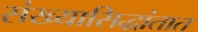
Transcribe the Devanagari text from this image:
संख्यासिद्धांतात